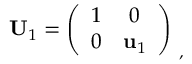
{ \bf U } _ { 1 } = \left( \begin{array} { c c } { { 1 } } & { { 0 } } \\ { { 0 } } & { { { \bf u } _ { 1 } } } \end{array} \right) _ { \ , }